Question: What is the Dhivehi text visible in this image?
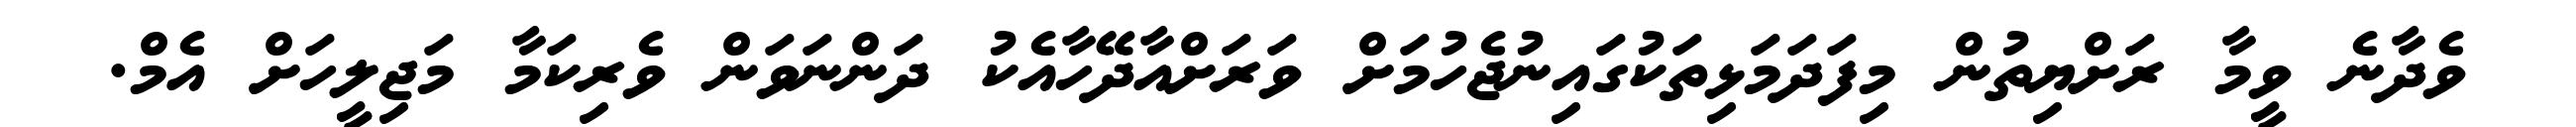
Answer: ވެދާނެ ވީމާ ރަށްޔިތުން މިފަދަމަޅިތަކުގައިނުޖެހުމަށް ވަރަށްއާދޭހާއެކު ދަންނަވަން ވެރިކަމާ މަޖިލީހަށް އެމް.